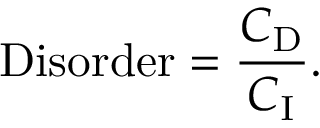
{ \mathrm { D i s o r d e r } } = { \frac { C _ { \mathrm { D } } } { C _ { \mathrm { I } } } } .